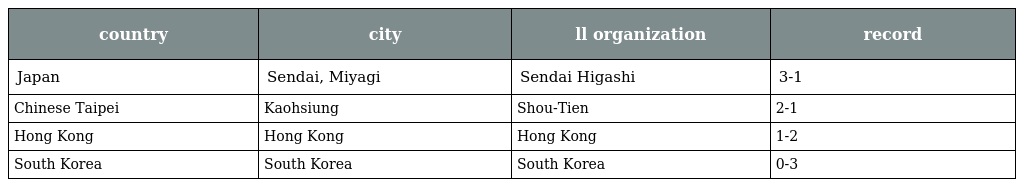
| country | city | ll organization | record |
 | --- | --- | --- | --- |
 | Japan | Sendai, Miyagi | Sendai Higashi | 3-1 |
 | Chinese Taipei | Kaohsiung | Shou-Tien | 2-1 |
 | Hong Kong | Hong Kong | Hong Kong | 1-2 |
 | South Korea | South Korea | South Korea | 0-3 |